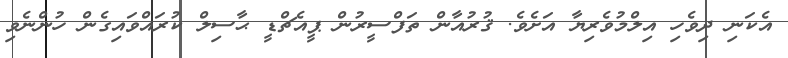
އެކަނި ދިވެހި އިލްމުވެރިޔާ އަށެވެ. ޤުރުއާން ތަފްސީރުން ޕީއެޗްޑީ ޙާސިލް ކުރައްވައިގެން ހުންނެވި